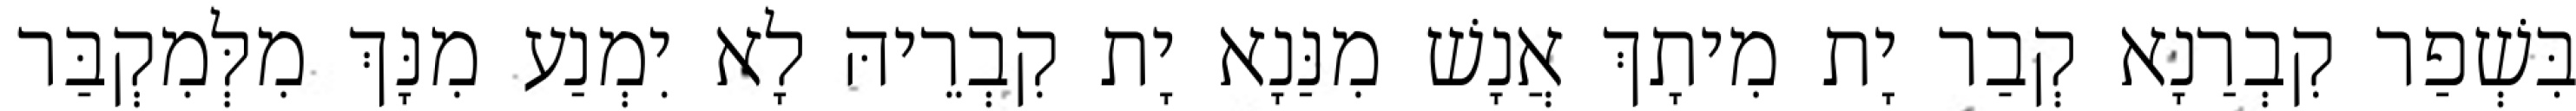
בִּשְׁפַר קִבְרַנָא קְבַר יָת מִיתָךְ אֲנָשׁ מִנַּנָא יָת קִבְרֵיהּ לָא יִמְנַע מִנָּךְ מִלְּמִקְבַּר